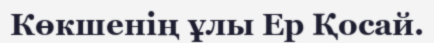
Көкшенің ұлы Ер Қосай.